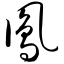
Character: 凤